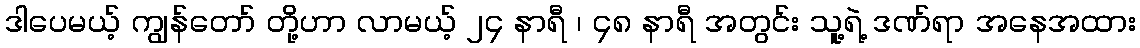
ဒါပေမယ့် ကျွန်တော် တို့ဟာ လာမယ့် ၂၄ နာရီ ၊ ၄၈ နာရီ အတွင်း သူ့ရဲ့ ဒဏ်ရာ အနေအထား